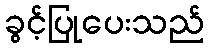
ခွင့်ပြုပေးသည်